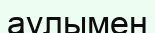
аулымен